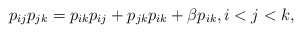
\begin{gather*} p_{ij} p_{jk} = p_{ik} p_{ij} + p_{jk} p_{ik} + \beta p_{ik}, i < j < k, \end{gather*}